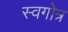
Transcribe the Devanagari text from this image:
स्वगोत्र